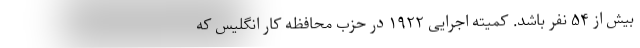
بیش از ۵۴ نفر باشد. کمیته اجرایی ۱۹۲۲ در حزب محافظه کار انگلیس که